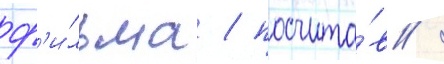
ф'и́льма / посчита́в /